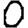
Digit: 0